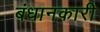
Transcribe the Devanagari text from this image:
बंधानकारी